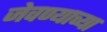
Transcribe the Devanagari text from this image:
जेवण्याच्या